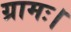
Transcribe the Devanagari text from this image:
ग्रामः।